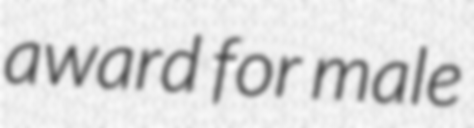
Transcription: award for male